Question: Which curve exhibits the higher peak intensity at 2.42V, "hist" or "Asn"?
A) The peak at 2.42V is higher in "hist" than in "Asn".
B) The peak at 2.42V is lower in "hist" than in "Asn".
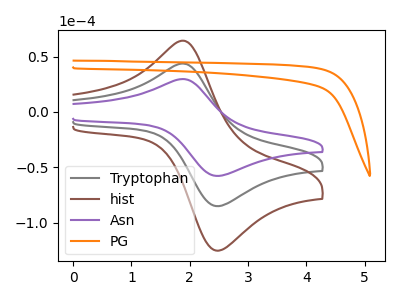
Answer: <think>The gray curve "Tryptophan" has an anodic peak at (1.90V, 43.65uA) and a cathodic peak at (2.40V, -84.70uA). The brown curve "hist" has an anodic peak at (1.90V, 87.30uA) and a cathodic peak at (2.40V, -169.45uA). The purple curve "Asn" has an anodic peak at (1.90V, 29.65uA) and a cathodic peak at (2.40V, -57.55uA). The orange curve "PG" has no peaks.</think>
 <answer>A) The peak at 2.42V is higher in "hist" than in "Asn".</answer>
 <eval>A</eval>